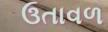
ઉતાવળ